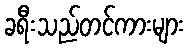
ခရီးသည်တင်ကားများ